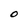
Character: O